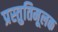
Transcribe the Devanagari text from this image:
प्रस्तुतिमूलक